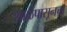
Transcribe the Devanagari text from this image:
शाळेपासूनचा